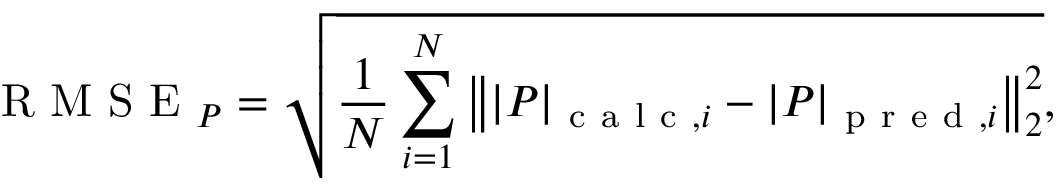
\mathrm { ~ R ~ M ~ S ~ E ~ } _ { P } = \sqrt { \frac { 1 } { N } \sum _ { i = 1 } ^ { N } \left\| | \boldsymbol { P } | _ { \mathrm { ~ c ~ a ~ l ~ c ~ } , i } - | \boldsymbol { P } | _ { \mathrm { ~ p ~ r ~ e ~ d ~ } , i } \right\| _ { 2 } ^ { 2 } } ,